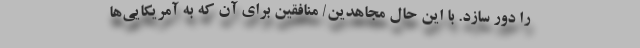
را دور سازد. با این حال مجاهدین/ منافقین برای آن که به آمریکایی‌ها